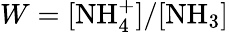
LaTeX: W=\mathrm{[NH_{4}^{+}]/[NH_{3}]}